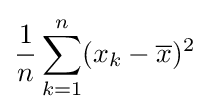
{\frac {1}{n}}\sum _{k=1}^{n}(x_{k}-{\overline {x}})^{2}